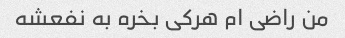
من راضی ام هرکی بخره به نفعشه